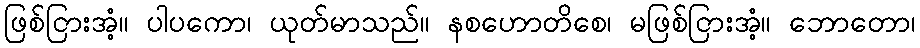
ဖြစ်ငြားအံ့။ ပါပကော၊ ယုတ်မာသည်။ နစဟောတိစေ၊ မဖြစ်ငြားအံ့။ ဘောတော၊